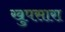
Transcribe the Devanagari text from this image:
खुपसारा